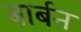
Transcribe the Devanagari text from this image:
बार्बन